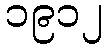
၁၉၁၂